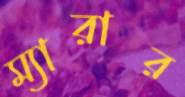
ম্যারার